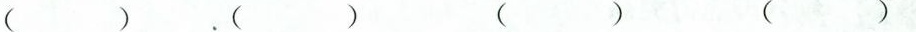
( ) ( ) ( ) ( )